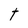
Character: t